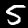
Digit: 5